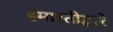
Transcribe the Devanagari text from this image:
ईमारतीद्वारे